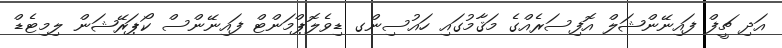
އަދި ޗީފް ފައިނޭންޝަލް އޮފިސަރެއްގެ މަޤާމުގައި ހައުސިންގ ޑިވެލޮޕްމަންޓް ފައިނޭންސް ކޯޕަރޭޝަން ލިމިޓެޑް